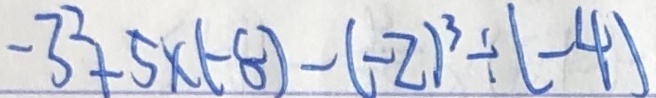
- 3 ^ { 2 } + 5 \times ( - 8 ) - ( - 2 ) ^ { 3 } \div ( - 4 )